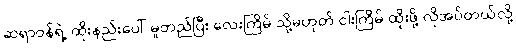
ဆရာဝန်ရဲ့ ထိုးနည်းပေါ် မူတည်ပြီး လေးကြိမ် သို့မဟုတ် ငါးကြိမ် ထိုးဖို့ လိုအပ်တယ်လို့